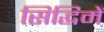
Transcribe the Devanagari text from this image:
सिद्धिमें